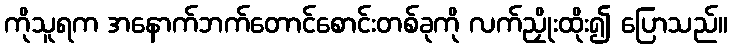
ကိုသူရက အနောက်ဘက်တောင်စောင်းတစ်ခုကို လက်ညှိုးထိုး၍ ပြောသည်။